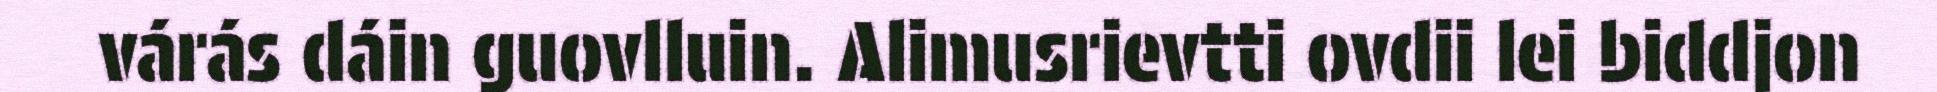
várás dáin guovlluin. Alimusrievtti ovdii lei biddjon